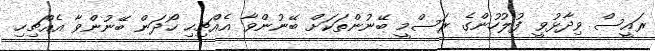
ރައީސް ވިދާޅުވީ ފުލުހުންގެ ރަސްމީ ބޭނުންތަކަށް ބޭނުންވާ އެއްޗިހި ހޯދަން ބޭނުންވާ އެއްޗިހި